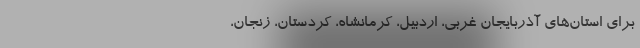
برای استان‌های آذربایجان غربی، اردبیل، کرمانشاه، کردستان، زنجان،